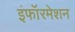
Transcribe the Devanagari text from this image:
इंफॉरमेशन